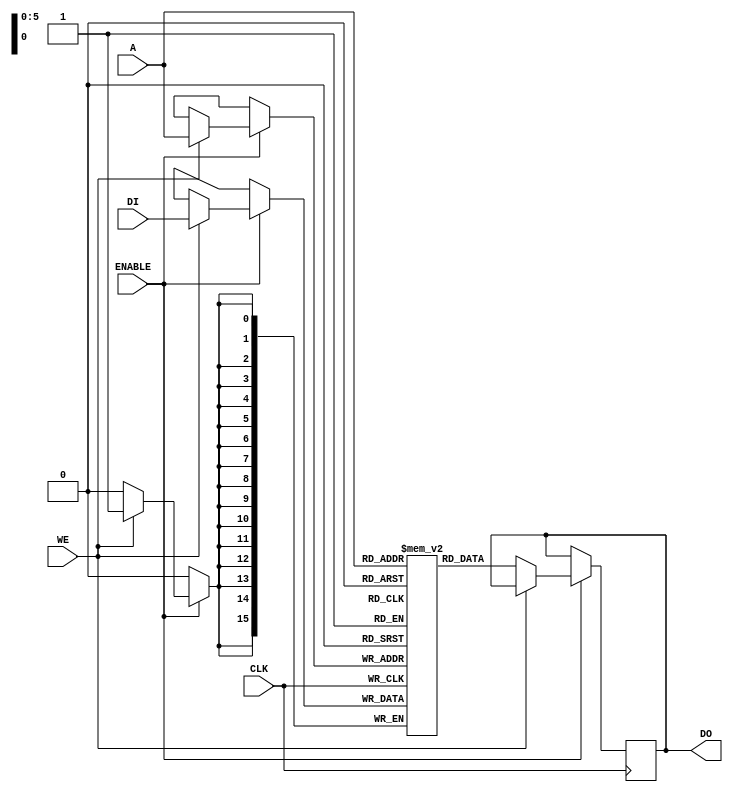

module RRSPSRAM_64_16_bussed (CLK,A,DI,ENABLE,WE,DO);

  parameter WIDTH = 16;
  parameter DEPTH = 64;

  input              CLK;
  input [6-1 :0] A;
  input [WIDTH-1 :0] DI;
  input              ENABLE;
  input              WE;
  output [WIDTH-1 :0] DO;

  reg [WIDTH-1 :0] mem[DEPTH-1 :0];
  reg [WIDTH-1 :0] DO;

  always@(posedge CLK)
  begin
    if (ENABLE)
	  begin
	    if (WE)
		   mem[A] <= DI;
		else
		   DO <= mem[A];
	  end
  end

endmodule